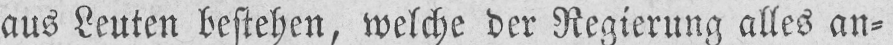
aus Leuten bestehen, welche der Regierung alles an⸗